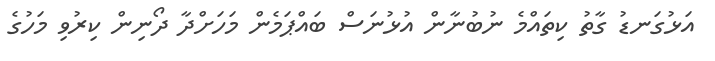
އަޅުގަނޑު ގާތު ކިތައްމެ ނުބުނާން އުޅުނަސް ބައްޕަމެން މަހަށްދާ ދޯނިން ކިރުވި މަހުގެ